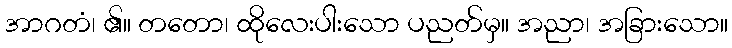
အာဂတံ၊ ၏။ တတော၊ ထိုလေးပါးသော ပညတ်မှ။ အညာ၊ အခြားသော။